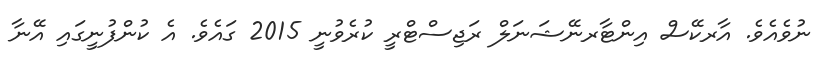
ނުވެއެވެ. އާރކޭސް އިންޓާރނޭޝަނަލް ރަޖިސްޓްރީ ކުރެވުނީ 2015 ގައެވެ. އެ ކުންފުނީގައި އޭނާ